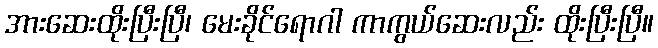
အားဆေးထိုးပြီးပြီ၊ မေးခိုင်ရောဂါ ကာကွယ်ဆေးလည်း ထိုးပြီးပြီ။